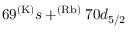
6 9 ^ { \mathrm { ( K ) } } s + ^ { ( \mathrm { R b ) } } 7 0 d _ { 5 / 2 }